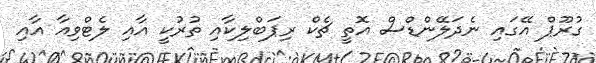
ގުރޫޕް އޭގައި ނެދަލޭންޑްސް އޮތީ ޗެކް ރިޕަބްލިކާއި ތުރުކީ އާއި ލެޓްވިއާ އާއި